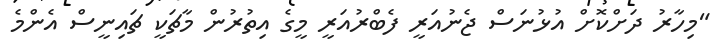
"މިހާރު ދަށްކޮށް އުޅުނަސް ޖެނުއަރީ ފެބްރުއަރީ މީގެ އިތުރުން މާޗަކީ ޗައިނީސް އެންމެ